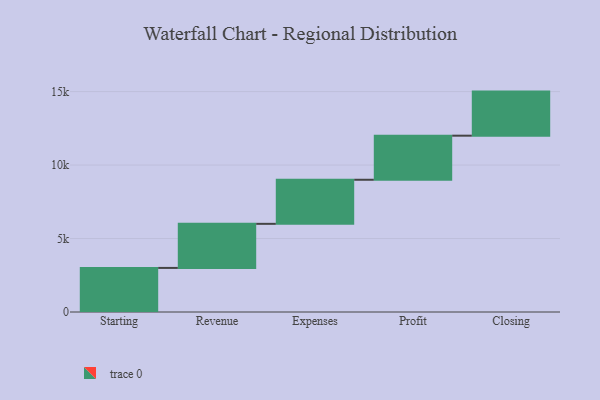
{"axis": {"x": "Step", "y": "Value"}, "legend": [""], "data": [{"x": "Starting", "y": 3000, "type": ""}, {"x": "Revenue", "y": 3000, "type": ""}, {"x": "Expenses", "y": 3000, "type": ""}, {"x": "Profit", "y": 3000, "type": ""}, {"x": "Closing", "y": 3000, "type": ""}]}